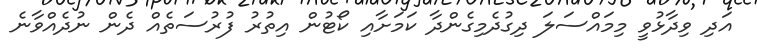
އަދި ވިދާޅުވީ މިމައްސަލަ ދިގުދެމިގެންދާ ކަމަށާއި ކޯޓުން އިތުރު ފުރުސަތެއް ދެން ނުދެއްވާނެ